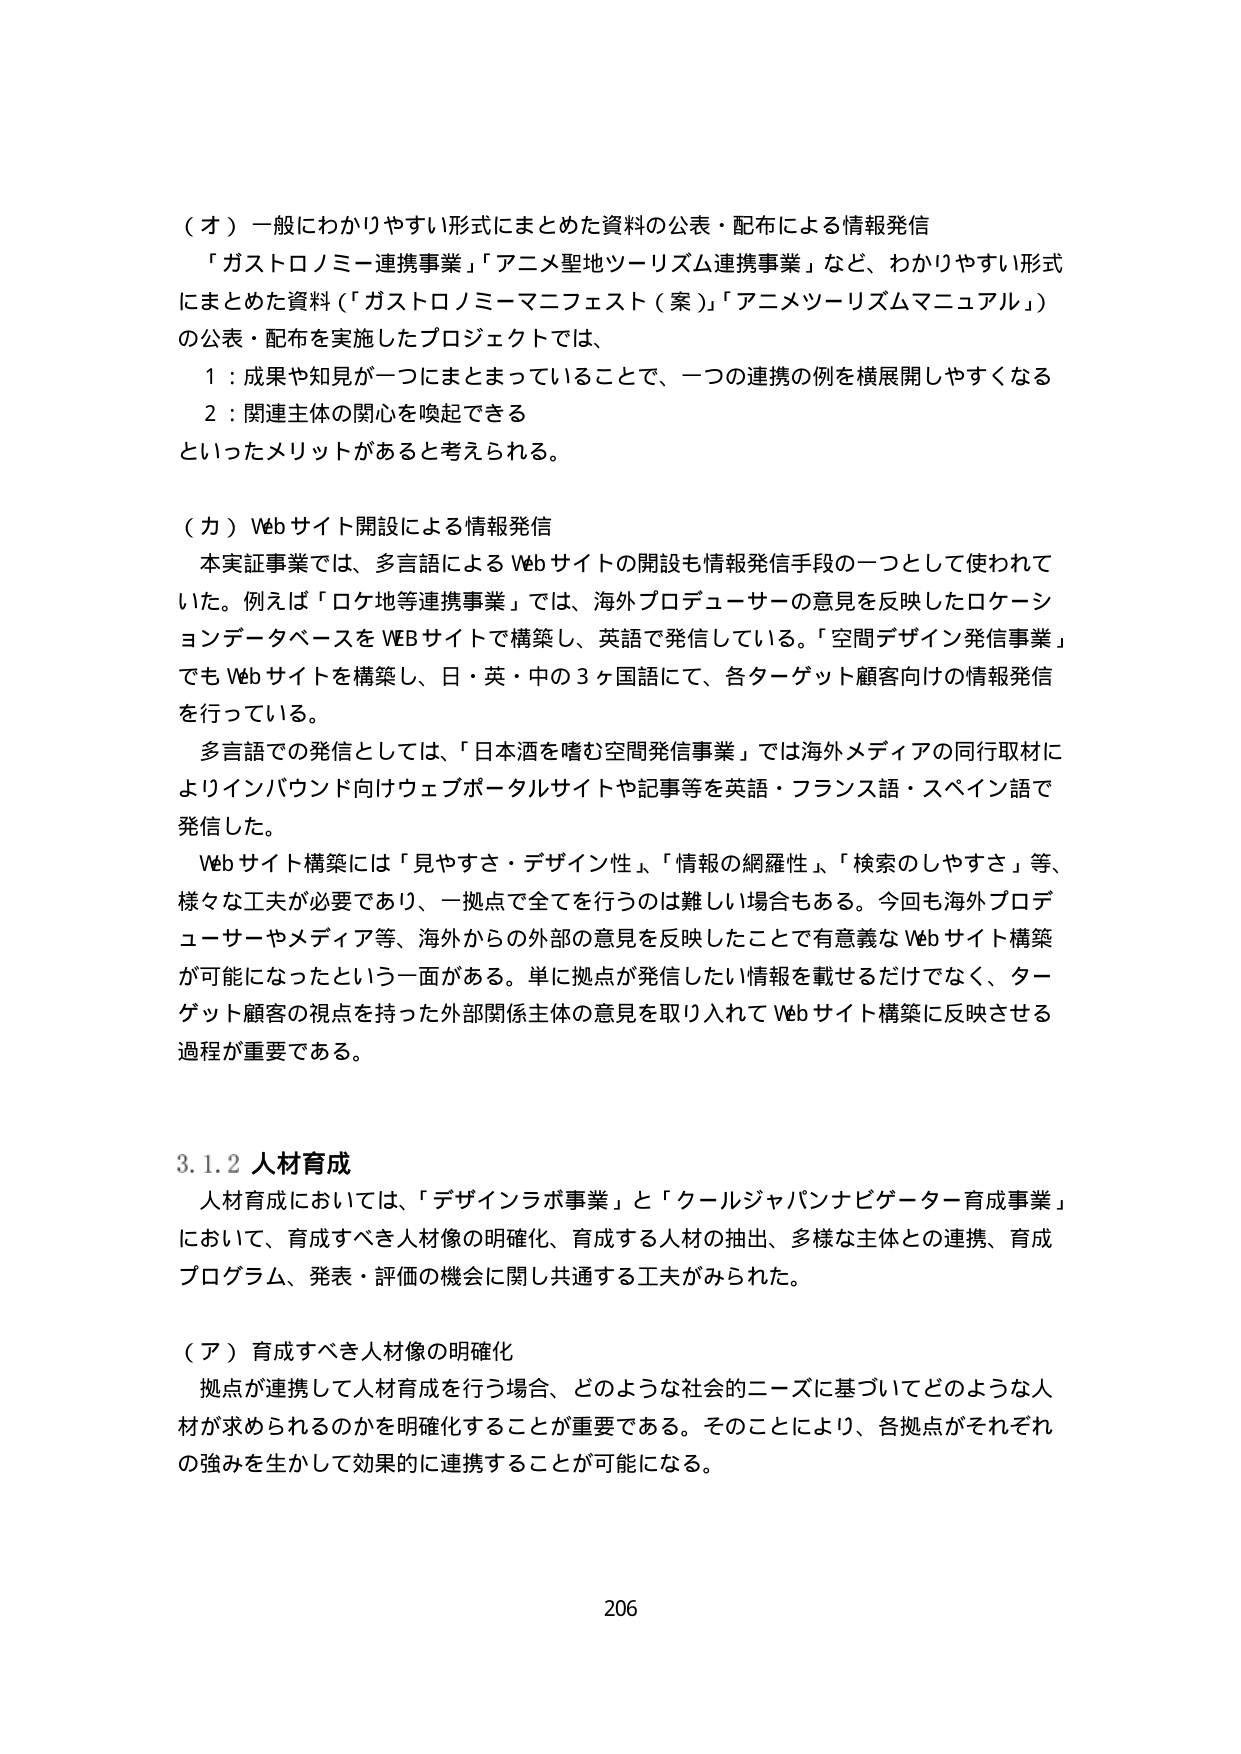
（オ）一般にわかりやすい形式にまとめた資料の公表・配布による情報発信
「ガストロノミー連携事業」「アニメ聖地ツーリズム連携事業」など、わかりやすい形式にまとめた資料（「ガストロノミーマニフェスト（案）」「アニメツーリズムマニュアル」）の公表・配布を実施したプロジェクトでは、
１：成果や知見が一つにまとまっていることで、一つの連携の例を横展開しやすくなる
２：関連主体の関心を喚起できる
といったメリットがあると考えられる。

（カ）Web サイト開設による情報発信
本実証事業では、多言語による Web サイトの開設も情報発信手段の一つとして使われていた。例えば「ロケ地等連携事業」では、海外プロデューサーの意見を反映したロケーションデータベースを WEB サイトで構築し、英語で発信している。「空間デザイン発信事業」でも Web サイトを構築し、日・英・中の３ヶ国語にて、各ターゲット顧客向けの情報発信を行っている。
多言語での発信としては、「日本酒を嗜む空間発信事業」では海外メディアの同行取材によりインバウンド向けウェブポータルサイトや記事等を英語・フランス語・スペイン語で発信した。
Web サイト構築には「見やすさ・デザイン性」「情報の網羅性」「検索のしやすさ」等、様々な工夫が必要であり、一拠点で全てを行うのは難しい場合もある。今回も海外プロデューサーやメディア等、海外からの外部の意見を反映したことで有意義な Web サイト構築が可能になったという一面がある。単に拠点が発信したい情報を載せるだけでなく、ターゲット顧客の視点を持った外部関係主体の意見を取り入れて Web サイト構築に反映させる過程が重要である。

3.1.2 人材育成
人材育成においては、「デザインラボ事業」と「クールジャパンナビゲーター育成事業」において、育成すべき人材像の明確化、育成する人材の抽出、多様な主体との連携、育成プログラム、発表・評価の機会に関し共通する工夫がみられた。

（ア）育成すべき人材像の明確化
拠点が連携して人材育成を行う場合、どのような社会的ニーズに基づいてどのような人材が求められるのかを明確化することが重要である。そのことにより、各拠点がそれぞれの強みを生かして効果的に連携することが可能になる。

206